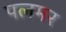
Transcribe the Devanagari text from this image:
पलमर